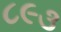
૮૯૩